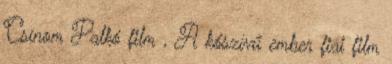
Csínom Palkó film , A kőszívű ember fiai film